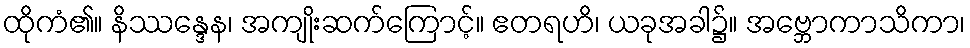
ထိုကံ၏။ နိဿန္ဒေန၊ အကျိုးဆက်ကြောင့်။ ဧတရဟိ၊ ယခုအခါ၌။ အဗ္ဘောကာသိကာ၊